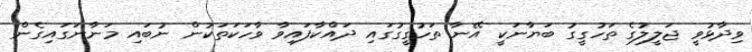
ވިދާޅުވީ ޖަލީލުގެ ތަހުގީގު ބަޔާނަކީ އޭނާ ތަހުގީގުގައި ދައްކާފައިވާ ވާހަކަތަކުން ނުބައި މަނާނަގައިގެން